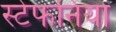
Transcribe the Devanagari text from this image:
स्टेफनिया